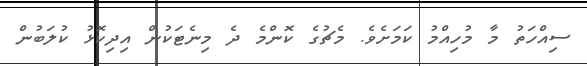
ސިއްހަތު މާ މުހިއްމު ކަމަށެވެ. މެޗުގެ ކޮންމެ ދެ މިނެޓަކުން އިދިކޮޅު ކުލަބުން